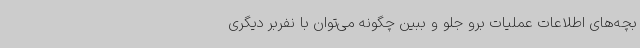
بچه‌های اطلاعات عملیات برو جلو و ببین چگونه می‌توان با نفربر دیگری